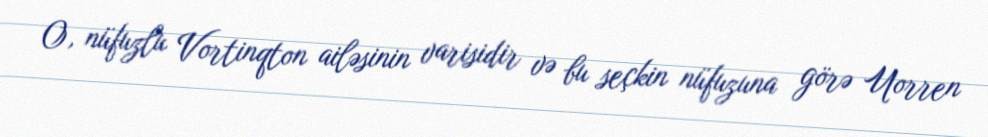
O, nüfuzlu Vortinqton ailəsinin varisidir və bu seçkin nüfuzuna görə Uorren